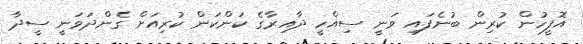
އޮފީހުން ކުރިން ބުނެފައި ވަނީ ސިއްހީ ދާއިރާގެ ކަންކަން ކުރިއަށް ގެންދަވަނީ ސީދާ